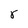
Character: r